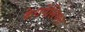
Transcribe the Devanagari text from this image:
केयनेसियन